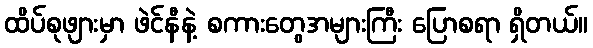
ထိပ်စုဖျားမှာ ဖဲင်နီနဲ့ စကားတွေအများကြီး ပြောစရာ ရှိတယ်။